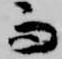
而